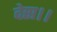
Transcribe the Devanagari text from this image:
देस।।